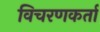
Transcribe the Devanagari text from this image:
विचरणकर्ता